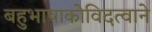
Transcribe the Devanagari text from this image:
बहुभाषाकोविदत्वाने